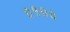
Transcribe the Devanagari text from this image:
०१००